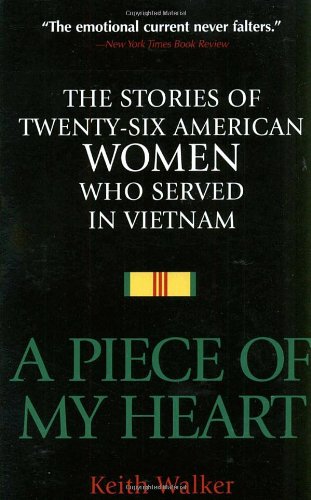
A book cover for A Piece of My Heart: The Stories of 26 American Women Who Served in Vietnam; Keith Walker; Politics & Social Sciences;